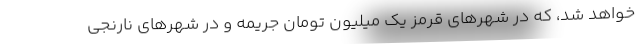
خواهد شد، که در شهرهای قرمز یک میلیون تومان جریمه و در شهرهای نارنجی